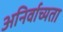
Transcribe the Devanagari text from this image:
अनिर्वाच्यता